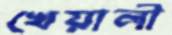
খেয়ালী